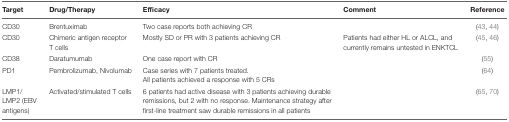
| Target | Drug/Therapy | Efficacy | Comment | Reference |
 | --- | --- | --- | --- | --- |
 | CD30 | Brentuximab | Two case reports both achieving CR |  | (43, 44) |
 | CD30 | Chimeric antigen receptor T cells | Mostly SD or PR with 3 patients achieving CR | Patients had either HL or ALCL, and currently remains untested in ENKTCL | (45, 46) |
 | CD38 | Daratumumab | One case report with CR |  | (55) |
 | PD1 | Pembrolizumab, Nivolumab | Case series with 7 patients treated.All patients achieved a response with 5 CRs |  | (64) |
 | LMP1/LMP2 (EBV antigens) | Activated/stimulated T cells | 6 patients had active disease with 3 patients achieving durable remissions, but 2 with no response. Maintenance strategy after first-line treatment saw durable remissions in all patients |  | (65, 70) |